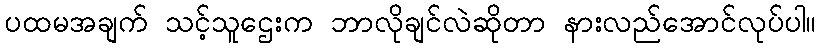
ပထမအချက် သင့်သူဌေးက ဘာလိုချင်လဲဆိုတာ နားလည်အောင်လုပ်ပါ။